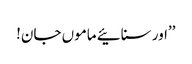
’’اور سنائیے ماموں جان!